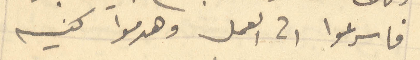
فاسرعوا الى العمل وهدموا كنيسه